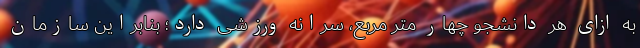
به ازای هر دانشجو چهار متر مربع، سرانه ورزشی دارد؛ بنابراین سازمان